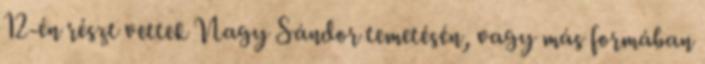
12-én részt vettek Nagy Sándor temetésén, vagy más formában